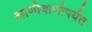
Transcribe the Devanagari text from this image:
आणीबाणीपर्यंत